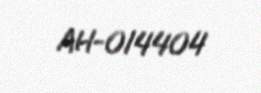
AH-014404